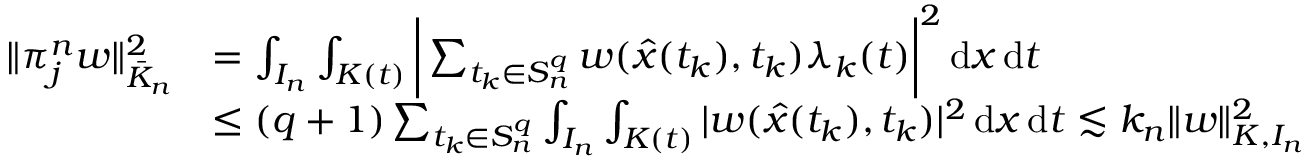
\begin{array} { r l } { \| \pi _ { j } ^ { n } w \| _ { \bar { K } _ { n } } ^ { 2 } } & { = \int _ { I _ { n } } \int _ { K ( t ) } \bigg | \sum _ { t _ { k } \in S _ { n } ^ { q } } w ( \hat { x } ( t _ { k } ) , t _ { k } ) \lambda _ { k } ( t ) \bigg | ^ { 2 } \, \mathrm { d } x \, \mathrm { d } t } \\ & { \leq ( q + 1 ) \sum _ { t _ { k } \in S _ { n } ^ { q } } \int _ { I _ { n } } \int _ { K ( t ) } | w ( \hat { x } ( t _ { k } ) , t _ { k } ) | ^ { 2 } \, \mathrm { d } x \, \mathrm { d } t \lesssim k _ { n } \| w \| _ { K , I _ { n } } ^ { 2 } } \end{array}